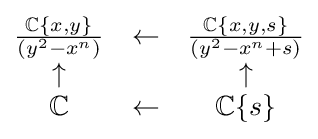
{\begin{matrix}{\frac {\mathbb {C} \{x,y\}}{(y^{2}-x^{n})}}&\leftarrow &{\frac {\mathbb {C} \{x,y,s\}}{(y^{2}-x^{n}+s)}}\\\uparrow &&\uparrow \\\mathbb {C} &\leftarrow &\mathbb {C} \{s\}\end{matrix}}